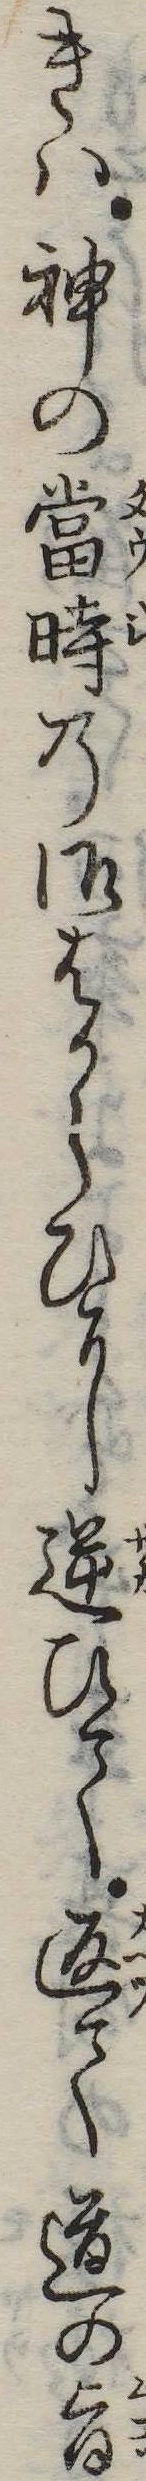
きは神の当時の御はからひに逆ひて返て道の旨